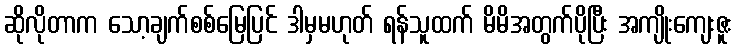
ဆိုလိုတာက သော့ချက်စစ်မြေပြင် ဒါမှမဟုတ် ရန်သူထက် မိမိအတွက်ပိုပြီး အကျိုးကျေးဇူး